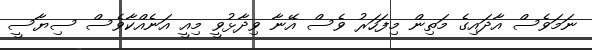
ނަމަވެސް އާދައިގެ މަތިން މިފަހަރު ވެސް އޭނާ ވިދާޅުވީ މިއީ އަނެއްކާވެސް ސިޔާސީ